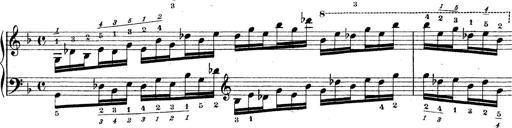
Title: Technische Studien
Composer: Franz Liszt